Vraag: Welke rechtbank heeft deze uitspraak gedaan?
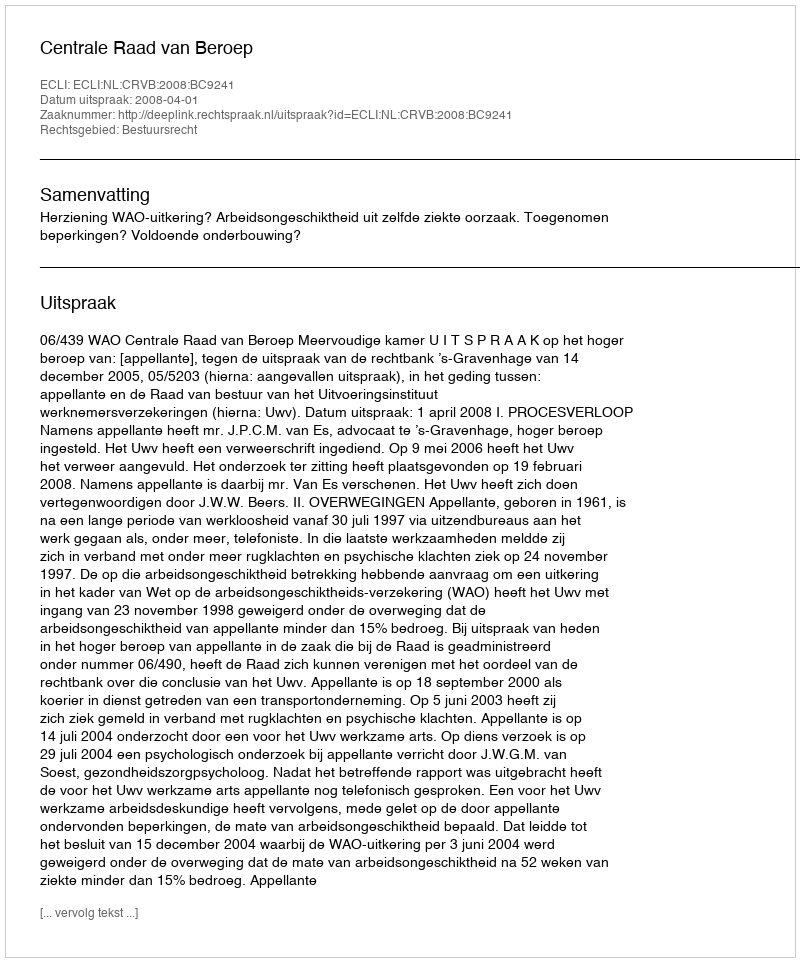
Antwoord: Centrale Raad van Beroep